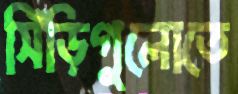
সিঁড়িগুলোতে